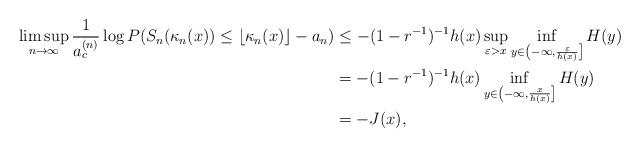
LaTeX: \begin{align*}\limsup_{n\to\infty}\frac{1}{a_c^{(n)}}\log P(S_n(\kappa_n(x))\leq\lfloor\kappa_n(x)\rfloor-a_n)&\leq-(1-r^{-1})^{-1}h(x)\sup_{\varepsilon>x}\inf_{y\in \left(-\infty,\frac{\varepsilon}{h(x)}\right]}H(y)\\&=-(1-r^{-1})^{-1}h(x)\inf_{y\in \left(-\infty,\frac{x}{h(x)}\right]}H(y)\\&=-J(x),\end{align*}